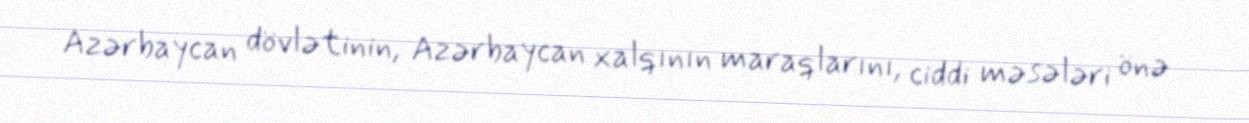
Azərbaycan dövlətinin, Azərbaycan xalqının maraqlarını, ciddi məsələri önə